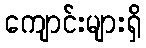
ကျောင်းများရှိ